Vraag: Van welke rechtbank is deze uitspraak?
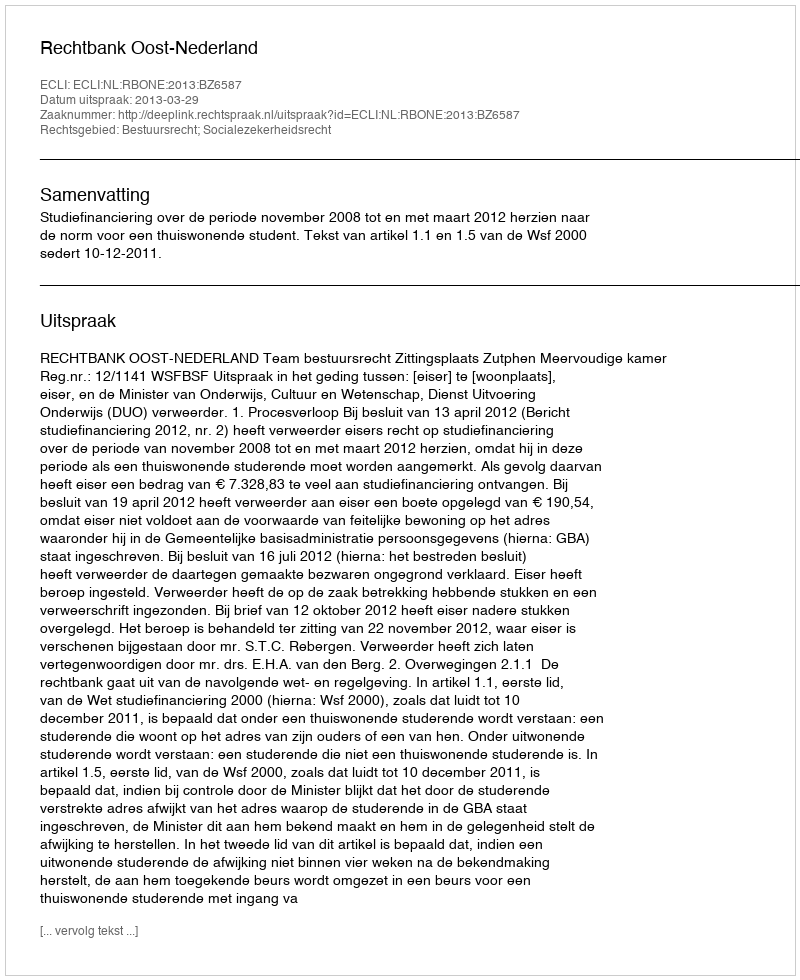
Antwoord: Rechtbank Oost-Nederland